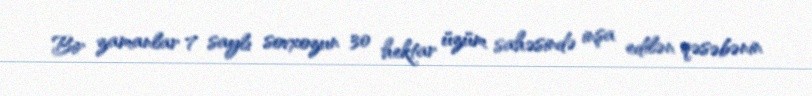
Bir zamanlar 7 saylı sovxozun 30 hektar üzüm sahəsində inşa edilən qəsəbənin